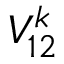
{ \LARGE V _ { 1 2 } ^ { k } }